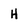
Character: H